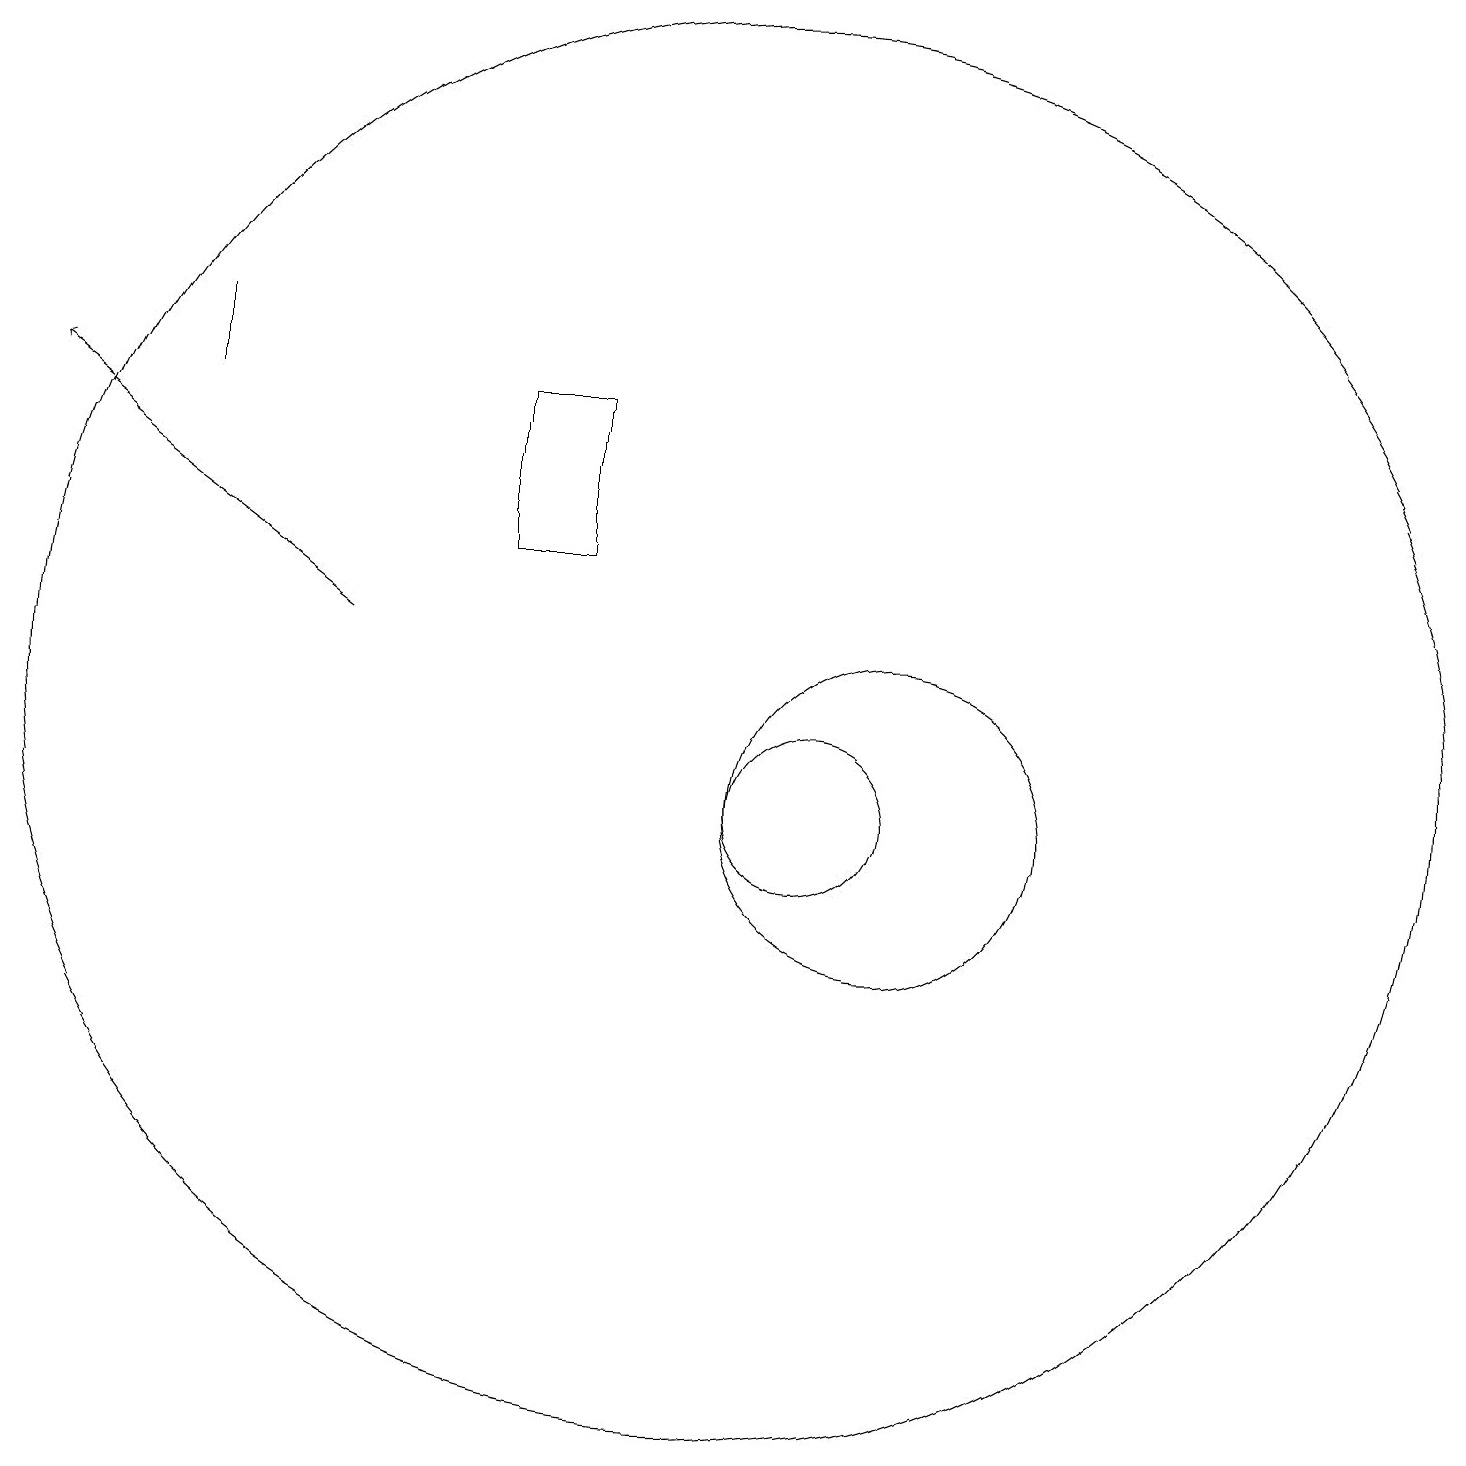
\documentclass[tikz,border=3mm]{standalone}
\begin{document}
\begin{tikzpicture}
\draw (3,17) rectangle (3,16);
\draw (11,11) circle (1);
\draw[->] (5,13) -- (1,16);
\draw (12,11) circle (2);
\draw (10,12) circle (9);
\draw (8,14) rectangle (7,16);
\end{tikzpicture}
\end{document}